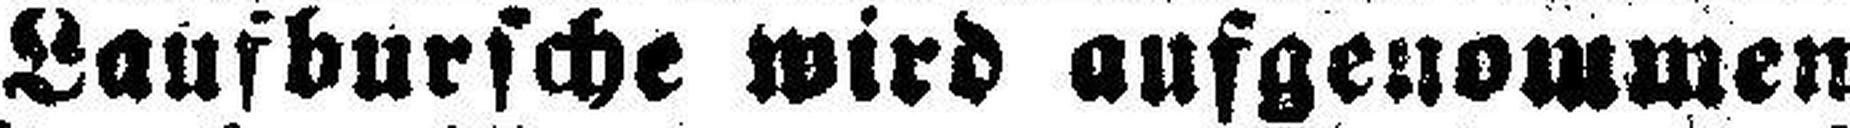
Laufbursche wird aufgenommen